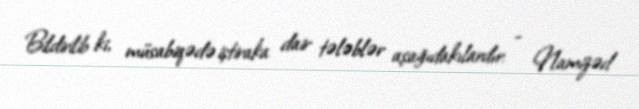
Bildirilib ki, müsabiqədə iştiraka dair tələblər aşağıdakılardır: - Namizəd